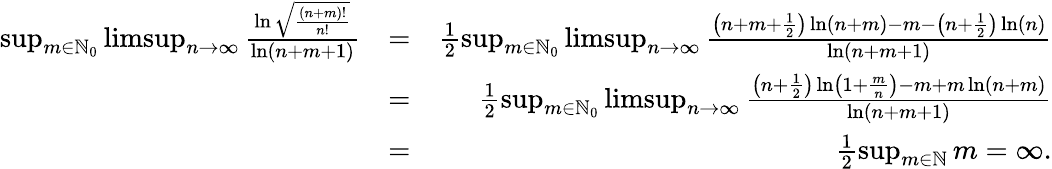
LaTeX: \begin{array}{rlr}{\operatorname*{sup}_{m\in\mathbb{N}_{0}}\operatorname*{limsup}_{n\rightarrow\infty}\frac{\ln\sqrt{\frac{(n+m)!}{n!}}}{\ln(n+m+1)}}&{=}&{\frac{1}{2}\operatorname*{sup}_{m\in\mathbb{N}_{0}}\operatorname*{limsup}_{n\rightarrow\infty}\frac{\left(n+m+\frac{1}{2}\right)\ln(n+m)-m-\left(n+\frac{1}{2}\right)\ln(n)}{\ln(n+m+1)}}\\ &{=}&{\frac{1}{2}\operatorname*{sup}_{m\in\mathbb{N}_{0}}\operatorname*{limsup}_{n\rightarrow\infty}\frac{\left(n+\frac{1}{2}\right)\ln\left(1+\frac{m}{n}\right)-m+m\ln(n+m)}{\ln(n+m+1)}}\\ &{=}&{\frac{1}{2}\operatorname*{sup}_{m\in\mathbb{N}}m=\infty.}\end{array}